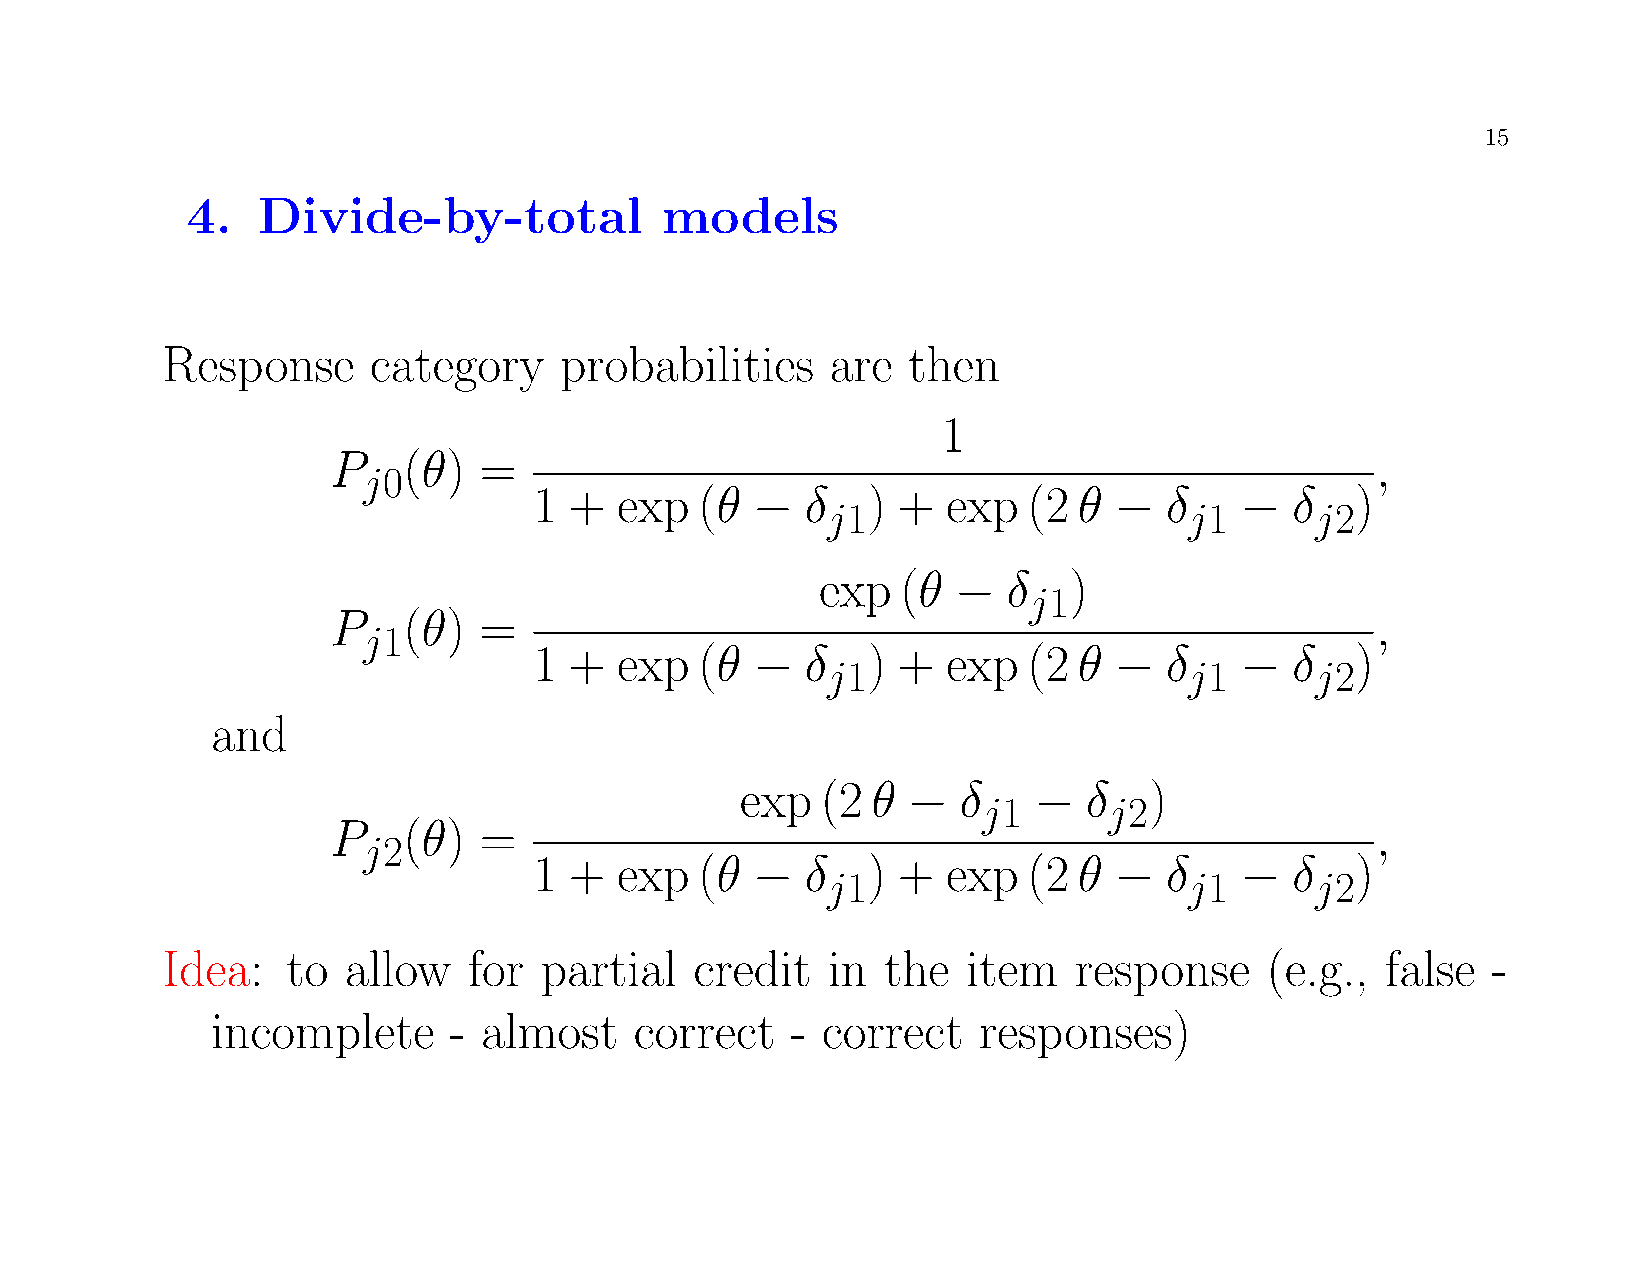
15
 4.   Divide-by-total            models
 Response     category     probabilities     are  then
 1
 P    (θ)  =                                                          ,
 j0
 1  +  exp  (θ  −  δ   ) +   exp  (2 θ  −  δ    −   δ   )
 j1                      j1      j2
 exp   (θ −   δ   )
 j1
 P    (θ)  =                                                          ,
 j1
 1  +  exp  (θ  −  δ   ) +   exp  (2 θ  −  δ    −   δ   )
 j1                      j1      j2
 and
 exp  (2  θ −  δ    −   δ   )
 j1      j2
 P    (θ)  =                                                          ,
 j2
 1  +  exp  (θ  −  δ   ) +   exp  (2 θ  −  δ    −   δ   )
 j1                      j1      j2
 Idea:   to  allow   for  partial   credit   in  the  item   response     (e.g.,  false  -
 incomplete      - almost    correct   - correct    responses)